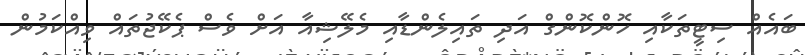
ބައެއް ސިޓީތަކާއި ހޮންކޮންގް އަދި ތައިލެންޑާއި މެލޭޝިއާ އަށް ވެސް ޕެކޭޖުތައް ވިއްކަމުން